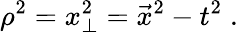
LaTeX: \rho^{2}=x_{\perp}^{2}=\vec{x}^{2}-t^{2}\; .